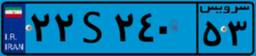
۷۰S۹۳۴۶۴